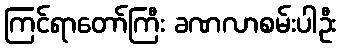
ကြင်ရာတော်ကြီး ခဏလာစမ်းပါဦး